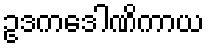
ဥဒကဒေါဏိကာယ